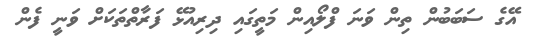
އޭގެ ސަބަބުން ތިން ވަނަ ފްލޯއިން މަތީގައި ދިރިއުޅޭ ފަރާތްތަކަށް ވަނީ ފެން